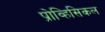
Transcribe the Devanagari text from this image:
प्रोव्हिसिकल